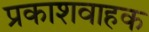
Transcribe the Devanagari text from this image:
प्रकाशवाहक